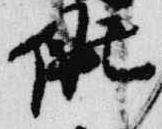
候